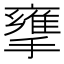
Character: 𢶜